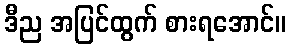
ဒီည အပြင်ထွက် စားရအောင်။